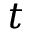
t